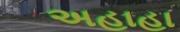
અહાહા